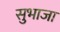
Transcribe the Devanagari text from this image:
सुभाजा